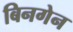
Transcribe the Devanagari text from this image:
बिनगेन